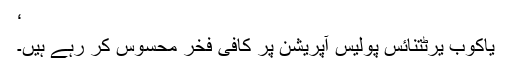
‘
یاکوب یرٹتنائس پولیس آپریشن پر کافی فخر محسوس کر رہے ہیں۔